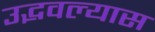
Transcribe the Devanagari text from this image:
उद्भवल्यास